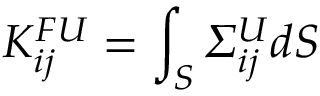
K _ { i j } ^ { F U } = \int _ { S } \itSigma _ { i j } ^ { U } d S